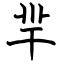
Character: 羋